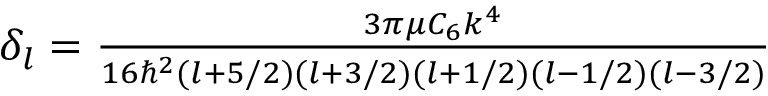
\begin{array} { r } { \delta _ { l } = \frac { 3 \pi \mu C _ { 6 } k ^ { 4 } } { 1 6 \hbar ^ { 2 } ( l + 5 / 2 ) ( l + 3 / 2 ) ( l + 1 / 2 ) ( l - 1 / 2 ) ( l - 3 / 2 ) } } \end{array}